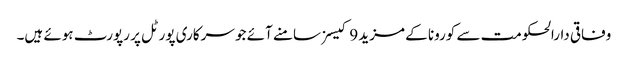
وفاقی دارالحکومت سے کورونا کے مزید 9 کیسز سامنے آئے جو سرکاری پورٹل پر رپورٹ ہوئے ہیں۔